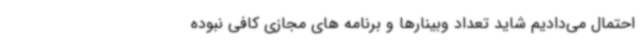
احتمال می‌دادیم شاید تعداد وبینارها و برنامه های مجازی کافی نبوده